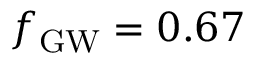
\ensuremath { f _ { \mathrm { G W } } } = 0 . 6 7